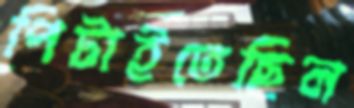
পিটাইতেছিল